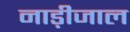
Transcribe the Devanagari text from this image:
नाड़ीजाल